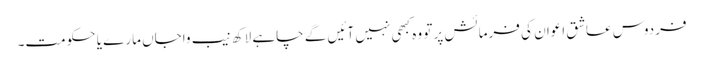
فردوس عاشق اعوان کی فرمائش پر تو وہ کبھی نہیں آئیں گے چاہے لاکھ نیب واجاں مارے یا حکومت۔